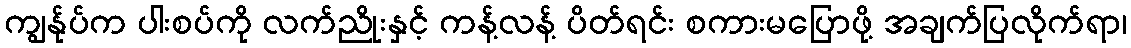
ကျွန်ုပ်က ပါးစပ်ကို လက်ညိုးနှင့် ကန့်လန့် ပိတ်ရင်း စကားမပြောဖို့ အချက်ပြလိုက်ရာ၊